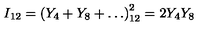
I _ { 1 2 } = \left( Y _ { 4 } + Y _ { 8 } + \ldots \right) _ { 1 2 } ^ { 2 } = 2 Y _ { 4 } Y _ { 8 }